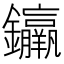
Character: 𨰠